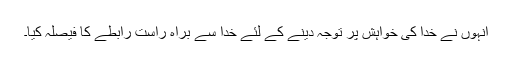
انہوں نے خدا کی خواہش پر توجہ دینے کے لئے خدا سے براہ راست رابطے کا فیصلہ کیا۔